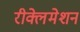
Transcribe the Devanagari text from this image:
रीक्लेमेशन